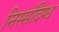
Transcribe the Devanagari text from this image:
निस्संदिग्ध